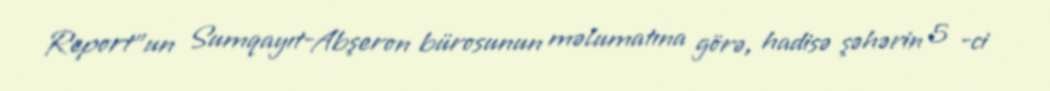
Report"un Sumqayıt-Abşeron bürosunun məlumatına görə, hadisə şəhərin 5 -ci